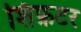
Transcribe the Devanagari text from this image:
शिफ़टर